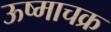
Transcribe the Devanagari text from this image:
ऊष्माचक्र